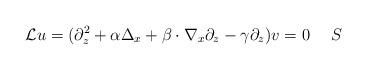
LaTeX: \begin{align*}\mathcal{L}u=(\partial_z^2+\alpha\Delta_x+\beta\cdot\nabla_x\partial_z-\gamma\partial_z)v=0\quad~S\end{align*}